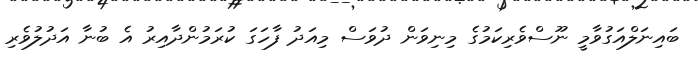
ބައިނަލްއަގުވާމީ ނޫސްވެރިކަމުގެ މިނިވަން ދުވަސް މިއަދު ފާހަގަ ކުރަމުންދާއިރު އެ ބުނާ އަދުލުވެރި